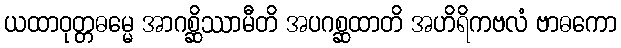
ယထာဝုတ္တဓမ္မေ အာဂစ္ဆိဿာမီတိ အပဂစ္ဆထာတိ အဟိရိကဗလံ ဗာဓကော